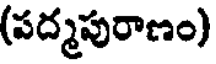
(పద్మపురాణం)